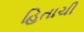
હિતાચી